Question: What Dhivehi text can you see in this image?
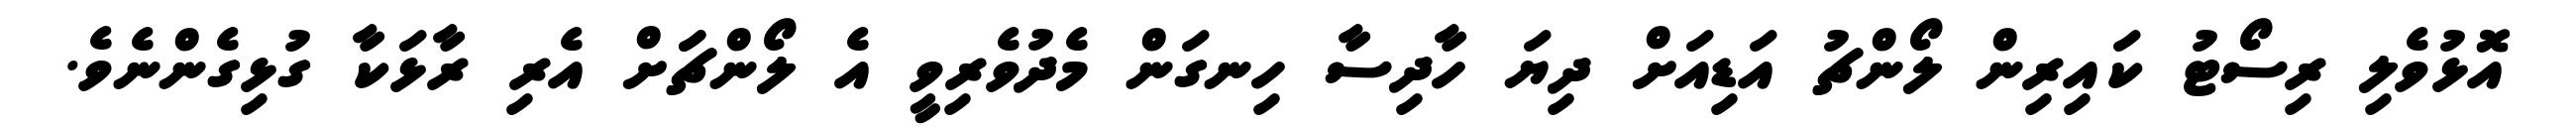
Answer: އޮޅުވެލި ރިސޯޓު ކައިރިން ލޯންޗު އަޑިއަށް ދިޔަ ހާދިސާ ހިނގަން މެދުވެރިވީ އެ ލޯންޗަަށް އެރި ރާޅަކާ ގުޅިގެންނެވެ.